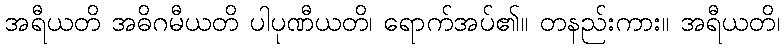
အရီယတိ အဓိဂမီယတိ ပါပုဏီယတိ၊ ရောက်အပ်၏။ တနည်းကား။ အရီယတိ၊